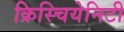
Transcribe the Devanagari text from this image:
क्रिस्चियेनिटी